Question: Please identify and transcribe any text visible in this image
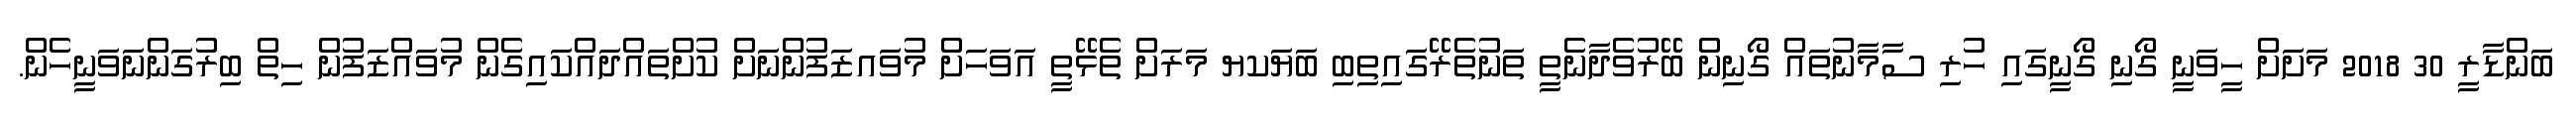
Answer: ބަންޑާރީ 30 2018 މަށަށް ހީވަނީ ގޯނި ގޯނީގައި ހުރި ސާމާނުތައް ގޯނިން ބޭރުވެދާނެތީ ތަނުތެރޭގައިތިބި ބަޔަކޔ މަރަށް ތެޅޭތީ އަވަހަށް މުވައޒަފުންނަށް ކުށްތައްދައްކައިގެން މުވައްޒަފުން ހިތް ބިރުގަންނަވަނީހެން.